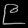
Digit: ၉